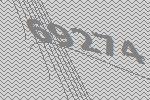
69274